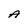
Character: A